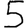
Digit: 5